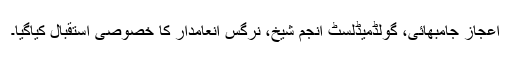
اعجاز جامبھائی، گولڈمیڈلسٹ انجم شیخ، نرگس انعامدار کا خصوصی استقبال کیاگیا۔